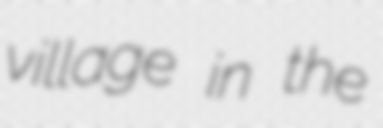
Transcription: village in the